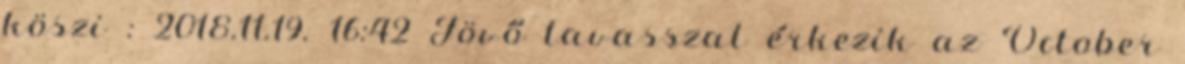
köszi : 2018.11.19. 16:42 Jövő tavasszal érkezik az October